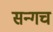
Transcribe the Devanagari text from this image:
सन्गच